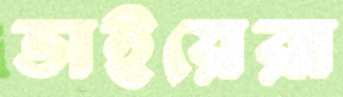
ভাইয়েরা